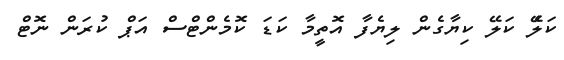
ކަލެެޭ ކަލޭ ކިޔާގެން ލިޔެފާ އޮތީމާ ކަޑަ ކޮމެންޓްސް އަޕް ކުރަން ނޮޓް